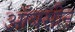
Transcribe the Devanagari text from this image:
ऑबसीन